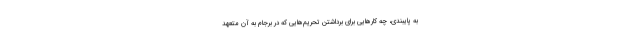
به پایبندی، چه کارهایی برای برداشتن تحریم‌هایی که در برجام به آن متعهد